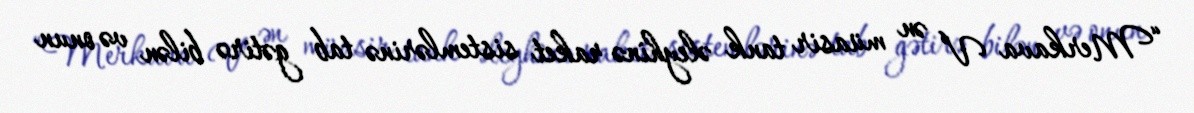
“Merkava V” ən müasir tank əleyhinə raket sistemlərinə tab gətirə bilən və onun